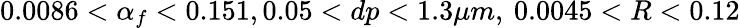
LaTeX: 0.0086<\alpha_{f}<0.151,0.05<dp<1.3\mu m,\: 0.0045<R<0.12